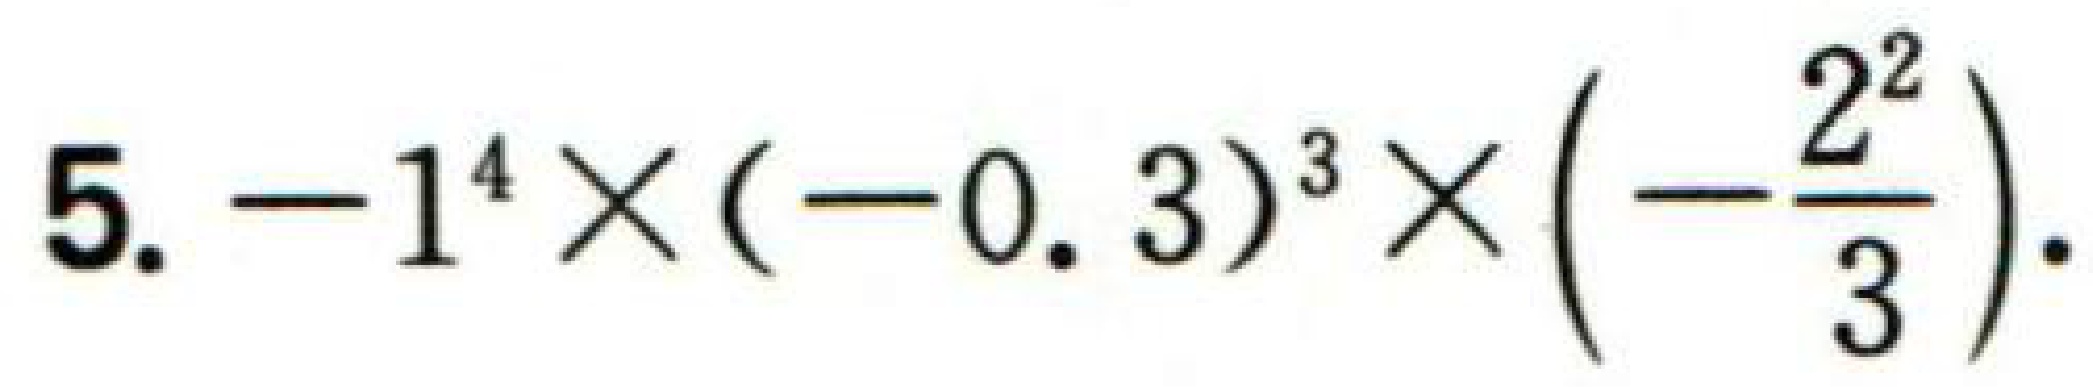
\(5. -1^{4}\times(-0.3)^{3}\times\left(-\frac{2^{2}}{3}\right).\)